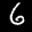
Label: 6